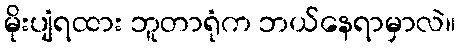
မိုးပျံရထား ဘူတာရုံက ဘယ်နေရာမှာလဲ။